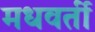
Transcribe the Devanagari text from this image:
मधवर्ती